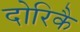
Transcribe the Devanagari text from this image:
दोरिकै